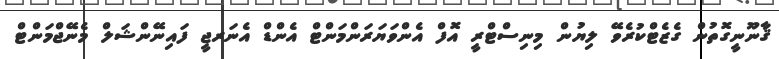
ޤާނޫނީގޮތުން ގެޒެޓްކުރެވޭ ލިޔުން މިނިސްޓްރީ އޮފް އެންވަޔަރަންމަންޓް އެންޑް އެނަރޖީ ފައިނޭންޝަލް މެނޭޖްމަންޓް